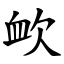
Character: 欰